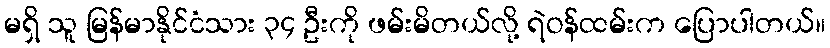
မရှိ သူ မြန်မာနိုင်ငံသား ၃၄ ဦးကို ဖမ်းမိတယ်လို့ ရဲဝန်ထမ်းက ပြောပါတယ်။